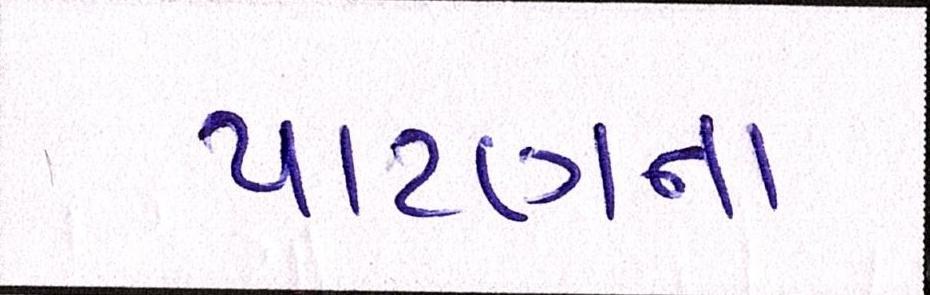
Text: પાટણના